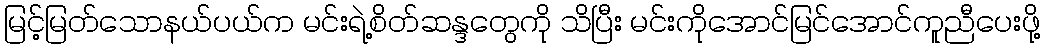
မြင့်မြတ်သောနယ်ပယ်က မင်းရဲ့စိတ်ဆန္ဒတွေကို သိပြီး မင်းကိုအောင်မြင်အောင်ကူညီပေးဖို့